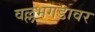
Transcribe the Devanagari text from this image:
वल्लभगडावर